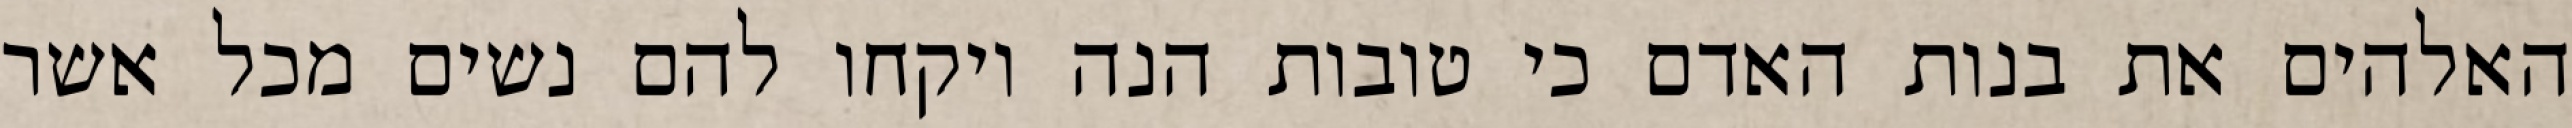
האלהים את בנות האדם כי טובות הנה ויקחו להם נשים מכל אשר